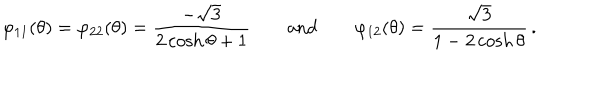
\varphi _ { 1 1 } ( \theta ) = \varphi _ { 2 2 } ( \theta ) = \frac { - \sqrt { 3 } } { 2 \cosh \theta + 1 } \qquad \mathrm { a n d } \qquad \varphi _ { 1 2 } ( \theta ) = \frac { \sqrt { 3 } } { 1 - 2 \cosh \theta } \, .